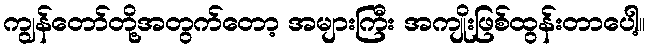
ကျွန်တော်တို့အတွက်တော့ အများကြီး အကျိုးဖြစ်ထွန်းတာပေါ့။